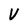
Character: V